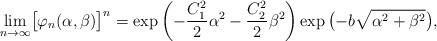
LaTeX: \begin{align*}\lim_{n\to\infty}\bigl[\varphi_n(\alpha,\beta)\bigr]^n=\exp{ \biggl(-\frac{C_1^2}{2}\alpha^2-\frac{C_2^2}{2}\beta^2 \biggr)}\exp{ \bigl(-b\sqrt {\alpha^2+\beta^2} \bigr)}, \end{align*}